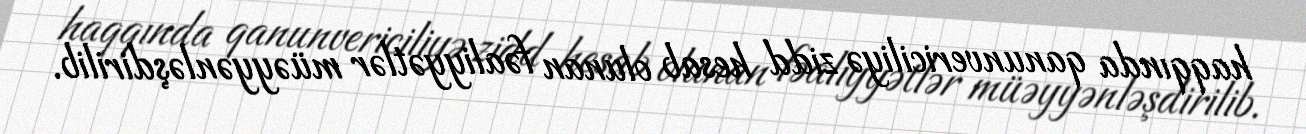
haqqında qanunvericiliyə zidd hesab olunan fəaliyyətlər müəyyənləşdirilib.